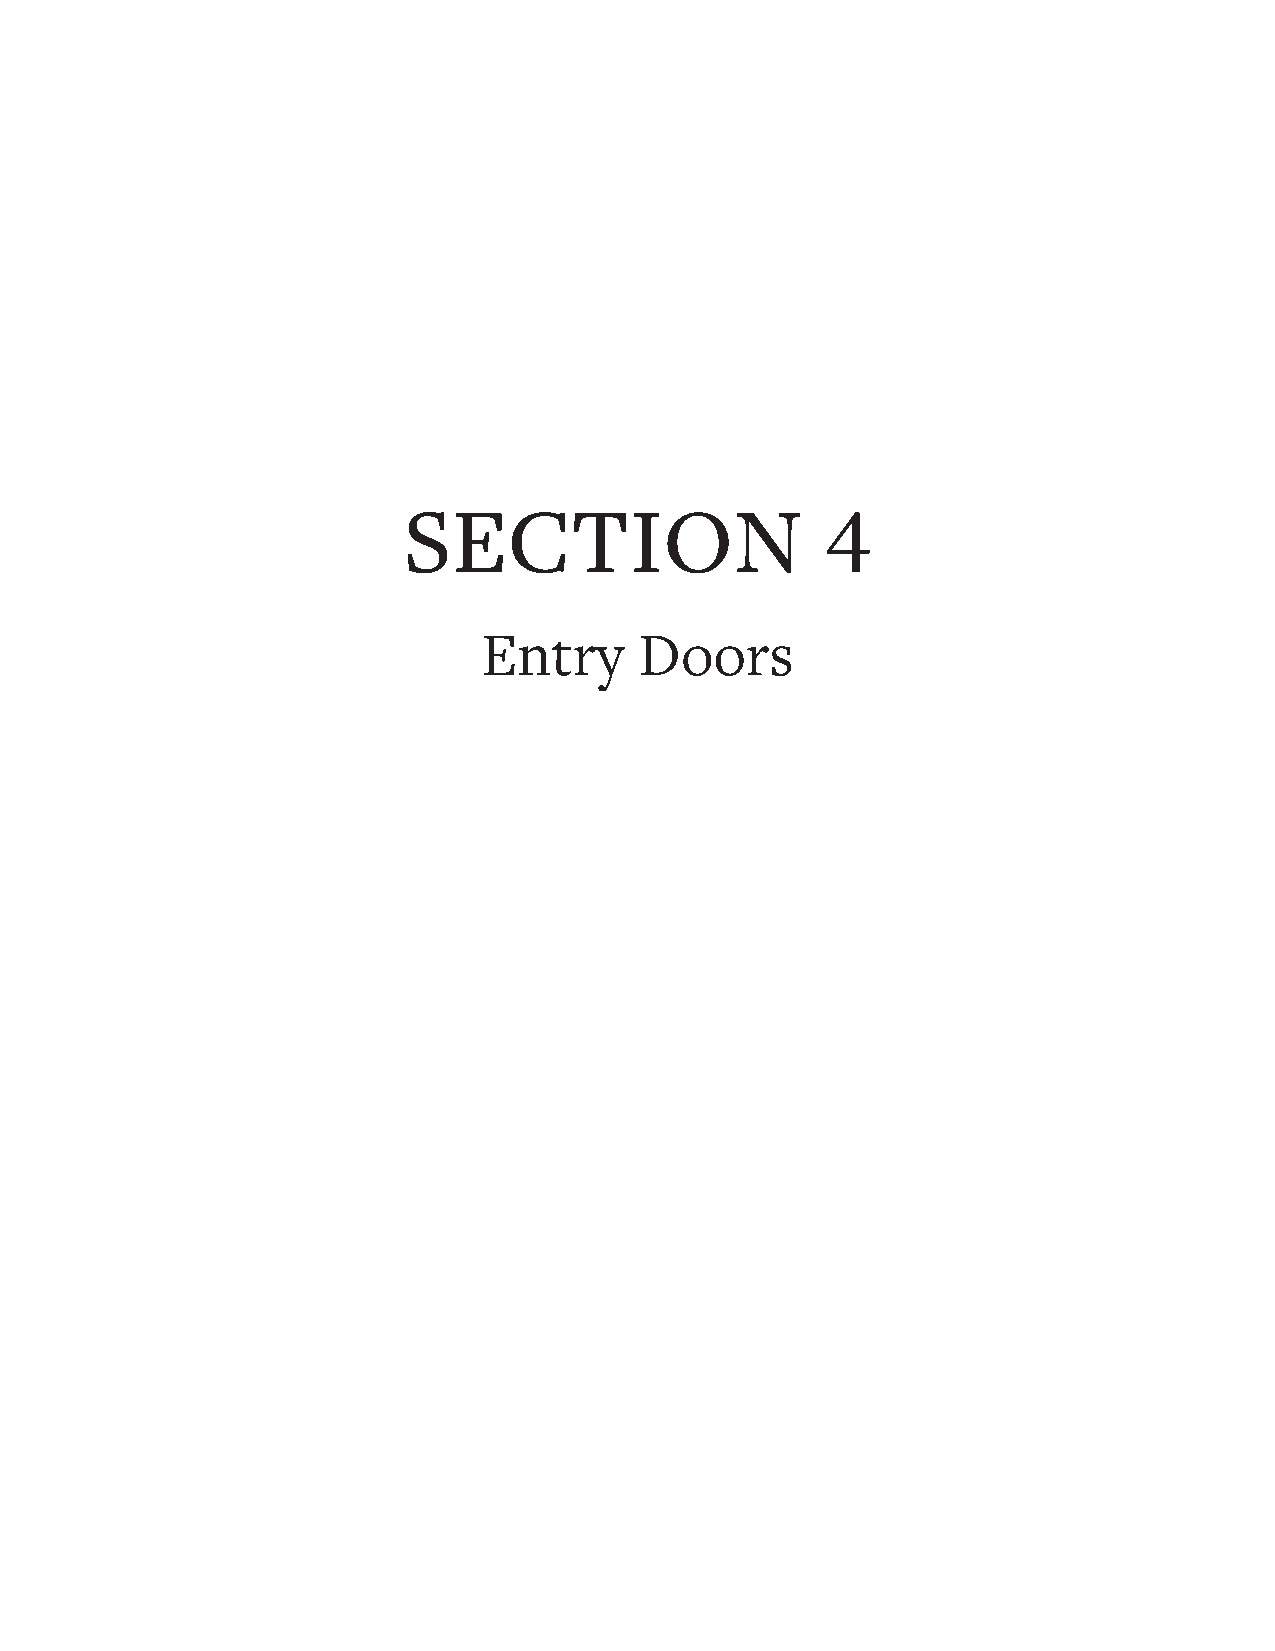
SECTION                     4
 Entry     Doors
 Entry
 Doors